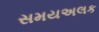
સમયઅલક